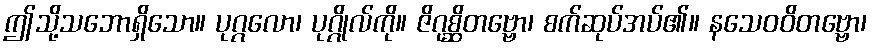
ဤသို့သဘောရှိသော။ ပုဂ္ဂလော၊ ပုဂ္ဂိုလ်ကို။ ဇိဂုစ္ဆိတဗ္ဗော၊ စက်ဆုပ်အပ်၏။ နသေဝဝိတဗ္ဗော၊